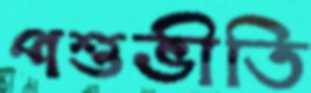
পশুভীতি